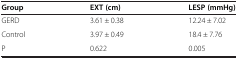
<table><thead><tr><td><b>Group</b></td><td><b>EXT (cm)</b></td><td><b>LESP (mmHg)</b></td></tr></thead><tbody><tr><td>GERD</td><td>3.61 ± 0.38</td><td>12.24 ± 7.02</td></tr><tr><td>Control</td><td>3.97 ± 0.49</td><td>18.4 ± 7.76</td></tr><tr><td>P</td><td>0.622</td><td>0.005</td></tr></tbody></table>